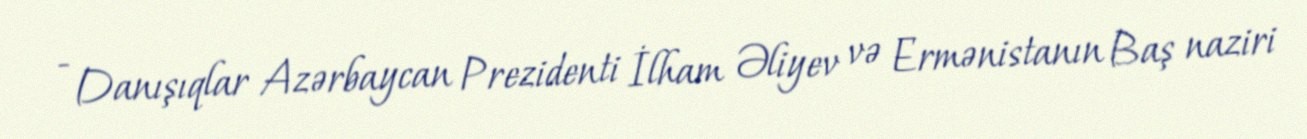
- Danışıqlar Azərbaycan Prezidenti İlham Əliyev və Ermənistanın Baş naziri